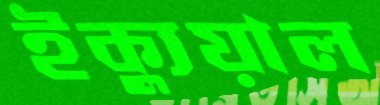
ইক্যুয়াল